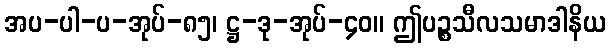
အပ-ပါ-ပ-အုပ်-၈၅၊ ဋ္ဌ-ဒု-အုပ်-၄၀။ ဤပဉ္စသီလသမာဒါနိယ